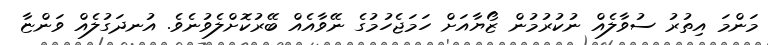
މަންމަ އިތުރު ސުވާލެއް ނުކުރުމުން ޒޯޔާއަށް ހަމަޖެހުމުގެ ނޭވާއެއް ބޭރުކޮށްލެވުނެވެ. އުނދަގުލެއް ވަންޏާ